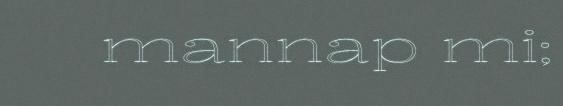
mannap mi;